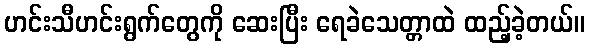
ဟင်းသီဟင်းရွက်တွေကို ဆေးပြီး ရေခဲသေတ္တာထဲ ထည့်ခဲ့တယ်။